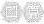
口算